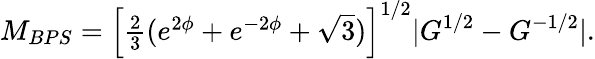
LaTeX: M_{BPS}=\left[\textstyle{\frac{2}{3}}(e^{2\phi}+e^{-2\phi}+\sqrt{3})\right]^{1/2}|G^{1/2}-G^{-1/2}|.